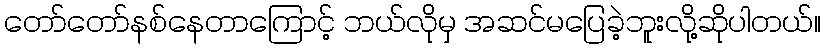
တော်တော်နစ်နေတာကြောင့် ဘယ်လိုမှ အဆင်မပြေခဲ့ဘူးလို့ဆိုပါတယ်။